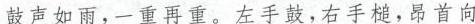
鼓声如雨，一重再重，左手鼓，右手槌，昂首向